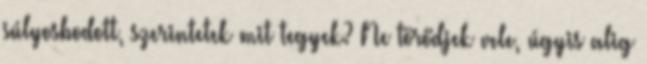
súlyosbodott, szerintetek mit tegyek? Ne törődjek vele, úgyis alig